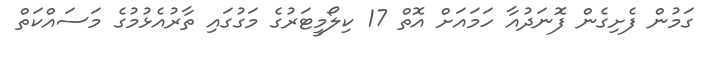
ގަމުން ފެށިގެން ފޮނަދުއާ ހަމައަށް އޮތް 17 ކިލޯމީޓަރުގެ މަގުގައި ތާރުއެޅުމުގެ މަސައްކަތް